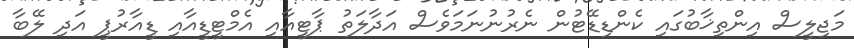
މަޖިލީސް އިންތިޚާބުގައި ކެންޑިޑޭޓުން ނެރުނުނަމަވެސް އަދާލަތު ޕާޓީއާއި އެމްޓީޑީއާއި ޑީއާރުޕީ އަދި ލޭބާ